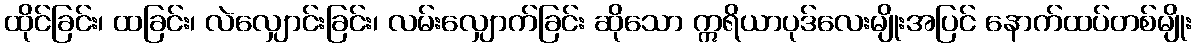
ထိုင်ခြင်း၊ ထခြင်း၊ လဲလျှောင်းခြင်း၊ လမ်းလျှောက်ခြင်း ဆိုသော ဣရိယာပုဒ်လေးမျိုးအပြင် နောက်ထပ်တစ်မျိုး